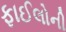
ફાઈલોની